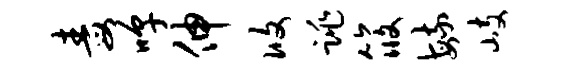
毒嗥伸攸跳筱毓岐